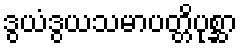
ဒွယံဒွယသမာပတ္တိပုစ္ဆာ